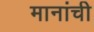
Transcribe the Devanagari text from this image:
मानांची